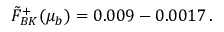
\tilde { F } _ { B K } ^ { + } ( \mu _ { b } ) = 0 . 0 0 9 - 0 . 0 0 1 7 \, .